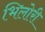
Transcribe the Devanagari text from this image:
भिलोरी